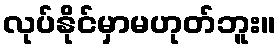
လုပ်နိုင်မှာမဟုတ်ဘူး။